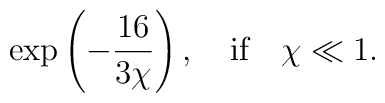
\exp\left(-\frac{16}{3\chi}\right),\quad \hbox{if} \quad \chi \ll 1.